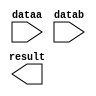
// megafunction wizard: %LPM_MULT%VBB%
// GENERATION: STANDARD
// VERSION: WM1.0
// MODULE: lpm_mult 

// ============================================================
// Megafunction Name(s):
// 			lpm_mult
//
// Simulation Library Files(s):
// 			lpm
// ============================================================
// ************************************************************
// THIS IS A WIZARD-GENERATED FILE. DO NOT EDIT THIS FILE!
//
// 18.1.0 Build 625 09/12/2018 SJ Standard Edition
// ************************************************************

//Copyright (C) 2018  Intel Corporation. All rights reserved.
//Your use of Intel Corporation's design tools, logic functions 
//and other software and tools, and its AMPP partner logic 
//functions, and any output files from any of the foregoing 
//(including device programming or simulation files), and any 
//associated documentation or information are expressly subject 
//to the terms and conditions of the Intel Program License 
//Subscription Agreement, the Intel Quartus Prime License Agreement,
//the Intel FPGA IP License Agreement, or other applicable license
//agreement, including, without limitation, that your use is for
//the sole purpose of programming logic devices manufactured by
//Intel and sold by Intel or its authorized distributors.  Please
//refer to the applicable agreement for further details.

module MULT_2 (
	dataa,
	datab,
	result);

	input	[3:0]  dataa;
	input	[7:0]  datab;
	output	[11:0]  result;

endmodule

// ============================================================
// CNX file retrieval info
// ============================================================
// Retrieval info: PRIVATE: AutoSizeResult NUMERIC "1"
// Retrieval info: PRIVATE: B_isConstant NUMERIC "0"
// Retrieval info: PRIVATE: ConstantB NUMERIC "0"
// Retrieval info: PRIVATE: INTENDED_DEVICE_FAMILY STRING "Cyclone IV E"
// Retrieval info: PRIVATE: LPM_PIPELINE NUMERIC "0"
// Retrieval info: PRIVATE: Latency NUMERIC "0"
// Retrieval info: PRIVATE: SYNTH_WRAPPER_GEN_POSTFIX STRING "0"
// Retrieval info: PRIVATE: SignedMult NUMERIC "0"
// Retrieval info: PRIVATE: USE_MULT NUMERIC "1"
// Retrieval info: PRIVATE: ValidConstant NUMERIC "0"
// Retrieval info: PRIVATE: WidthA NUMERIC "4"
// Retrieval info: PRIVATE: WidthB NUMERIC "8"
// Retrieval info: PRIVATE: WidthP NUMERIC "12"
// Retrieval info: PRIVATE: aclr NUMERIC "0"
// Retrieval info: PRIVATE: clken NUMERIC "0"
// Retrieval info: PRIVATE: new_diagram STRING "1"
// Retrieval info: PRIVATE: optimize NUMERIC "0"
// Retrieval info: LIBRARY: lpm lpm.lpm_components.all
// Retrieval info: CONSTANT: LPM_HINT STRING "MAXIMIZE_SPEED=5"
// Retrieval info: CONSTANT: LPM_REPRESENTATION STRING "UNSIGNED"
// Retrieval info: CONSTANT: LPM_TYPE STRING "LPM_MULT"
// Retrieval info: CONSTANT: LPM_WIDTHA NUMERIC "4"
// Retrieval info: CONSTANT: LPM_WIDTHB NUMERIC "8"
// Retrieval info: CONSTANT: LPM_WIDTHP NUMERIC "12"
// Retrieval info: USED_PORT: dataa 0 0 4 0 INPUT NODEFVAL "dataa[3..0]"
// Retrieval info: USED_PORT: datab 0 0 8 0 INPUT NODEFVAL "datab[7..0]"
// Retrieval info: USED_PORT: result 0 0 12 0 OUTPUT NODEFVAL "result[11..0]"
// Retrieval info: CONNECT: @dataa 0 0 4 0 dataa 0 0 4 0
// Retrieval info: CONNECT: @datab 0 0 8 0 datab 0 0 8 0
// Retrieval info: CONNECT: result 0 0 12 0 @result 0 0 12 0
// Retrieval info: GEN_FILE: TYPE_NORMAL MULT_2.v TRUE
// Retrieval info: GEN_FILE: TYPE_NORMAL MULT_2.inc FALSE
// Retrieval info: GEN_FILE: TYPE_NORMAL MULT_2.cmp FALSE
// Retrieval info: GEN_FILE: TYPE_NORMAL MULT_2.bsf FALSE
// Retrieval info: GEN_FILE: TYPE_NORMAL MULT_2_inst.v FALSE
// Retrieval info: GEN_FILE: TYPE_NORMAL MULT_2_bb.v TRUE
// Retrieval info: LIB_FILE: lpm